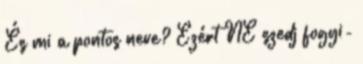
És mi a pontos neve? Ezért NE szedj fogyi-